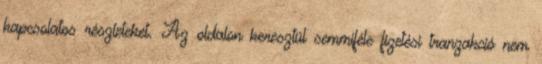
kapcsolatos részleteket. Az oldalon keresztül semmiféle fizetési tranzakció nem